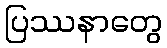
ပြဿနာတွေ